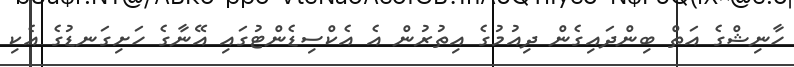
ހާނިޝްގެ އަތް ބިންދައިގެން ދިއުމުގެ އިތުރުން އެ އެކްސިޑެންޓުގައި އޭނާގެ ހަށިގަނޑުގެ އެކި